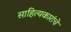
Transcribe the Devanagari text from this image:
साहित्यकारांचे